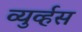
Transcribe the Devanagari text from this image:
व्युर्व्हस